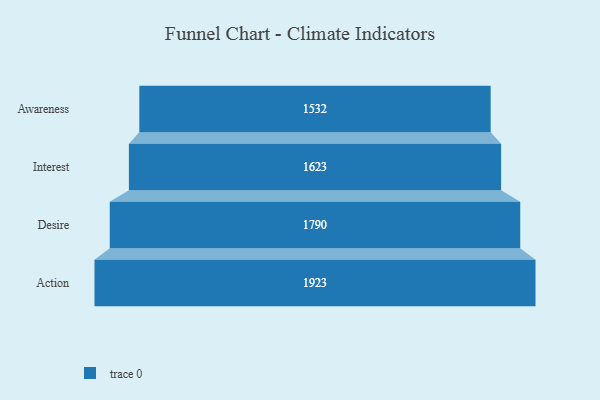
{"axis": {"x": "Stage", "y": "Value"}, "legend": [""], "data": [{"x": "Awareness", "y": 1532.0, "type": ""}, {"x": "Interest", "y": 1623.0, "type": ""}, {"x": "Desire", "y": 1790.0, "type": ""}, {"x": "Action", "y": 1923.0, "type": ""}]}